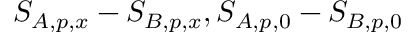
S _ { A , p , x } - S _ { B , p , x } , S _ { A , p , 0 } - S _ { B , p , 0 }